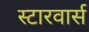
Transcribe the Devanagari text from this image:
स्टारवार्स